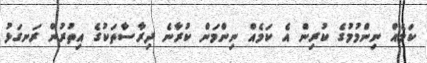
ކަމެއް ނިންމުމުގެ ކުރިން އެ ކަމެއް ނިންމަން ކުރާނެ ދިރާސާތަކުގެ އިތުރުން ރަނގަޅު